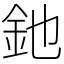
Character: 釶